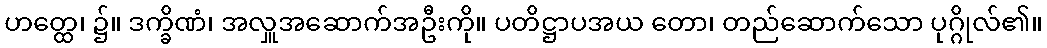
ဟတ္ထေ၊ ၌။ ဒက္ခိဏံ၊ အလှူအဆောက်အဦးကို။ ပတိဋ္ဌာပအယ တော၊ တည်ဆောက်သော ပုဂ္ဂိုလ်၏။